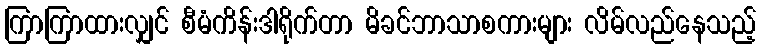
ကြာကြာထားလျှင် စီမံကိန်းဒါရိုက်တာ မိခင်ဘာသာစကားများ လိမ်လည်နေသည့်